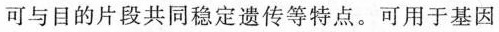
可与目的片段共同稳定遗传等特点。可用于基因